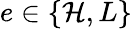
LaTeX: e\in\{ \mathcal{H},L\}